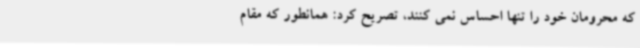
که محرومان خود را تنها احساس نمی کنند، تصریح کرد: همانطور که مقام